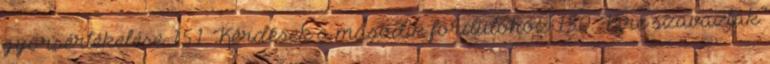
gyorsértékelése 151. Kérdések a második fordulóhoz 150. Kire szavaztak